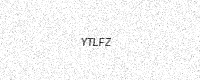
Text: YTLFZ